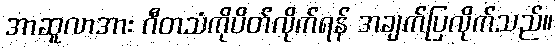
အာဆူလာအား ဂီတသံကိုပိတ်လိုက်ရန် အချက်ပြလိုက်သည်။